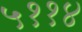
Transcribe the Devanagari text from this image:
५११४